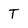
Character: T